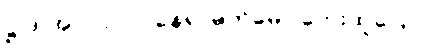
ဋ္ဌ-ဒု-အုပ်-၇၂။ ။ နေရာမက်မော ဘေးထူပြော